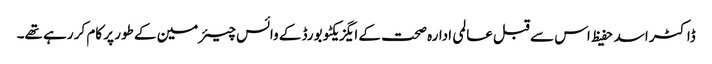
ڈاکٹر اسد حفیظ اس سے قبل عالمی ادارہ صحت کے ایگزیکٹو بورڈ کے وائس چیئرمین کے طور پر کام کر رہے تھے۔